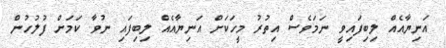
އަނިޔާއެއް ލިބިފައިވީ ނަމަވެސް އިތުރު މީހަކަށް އަނިޔާއެއް ލިބިފައި ނުވާ ކަމަށް ފުލުހުން